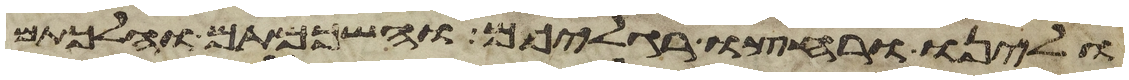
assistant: ולינו ורחצו רגליכם והשכמתם והלכתם